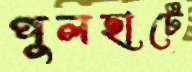
পুলহাটে